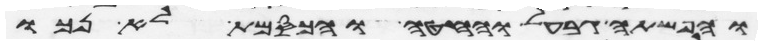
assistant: והפשתה גבעל והחטה והכסמת לא נכו